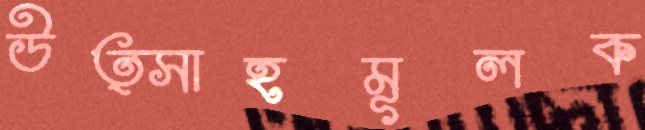
উত্সাহমূলক